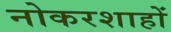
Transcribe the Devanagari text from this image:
नोकरशाहों